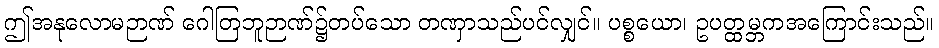
ဤအနုလောမဉာဏ် ဂေါတြဘူဉာဏ်၌တပ်သော တဏှာသည်ပင်လျှင်။ ပစ္စယော၊ ဥပတ္ထမ္ဘကအကြောင်းသည်။